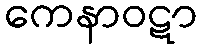
ကေနာဝဋာ